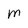
Character: m